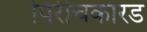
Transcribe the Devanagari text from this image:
पिरीचकारड